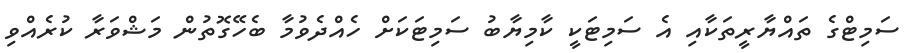
ސަމިޓްގެ ތައްޔާރީތަކާއި އެ ސަމިޓަކީ ކާމިޔާބު ސަމިޓަކަށް ހެއްދެވުމާ ބެހޭގޮތުން މަޝްވަރާ ކުރެއްވި